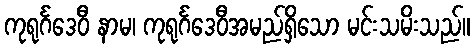
ကုရုင်္ဂဒေဝီ နာမ၊ ကုရုင်္ဂဒေဝီအမည်ရှိသော မင်းသမိးသည်။